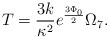
\begin{align*}T = \frac{3k}{\kappa^2} e^{\frac{3\Phi_0}{2}}\Omega_7 .\end{align*}